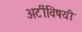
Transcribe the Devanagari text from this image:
अटींविषयी